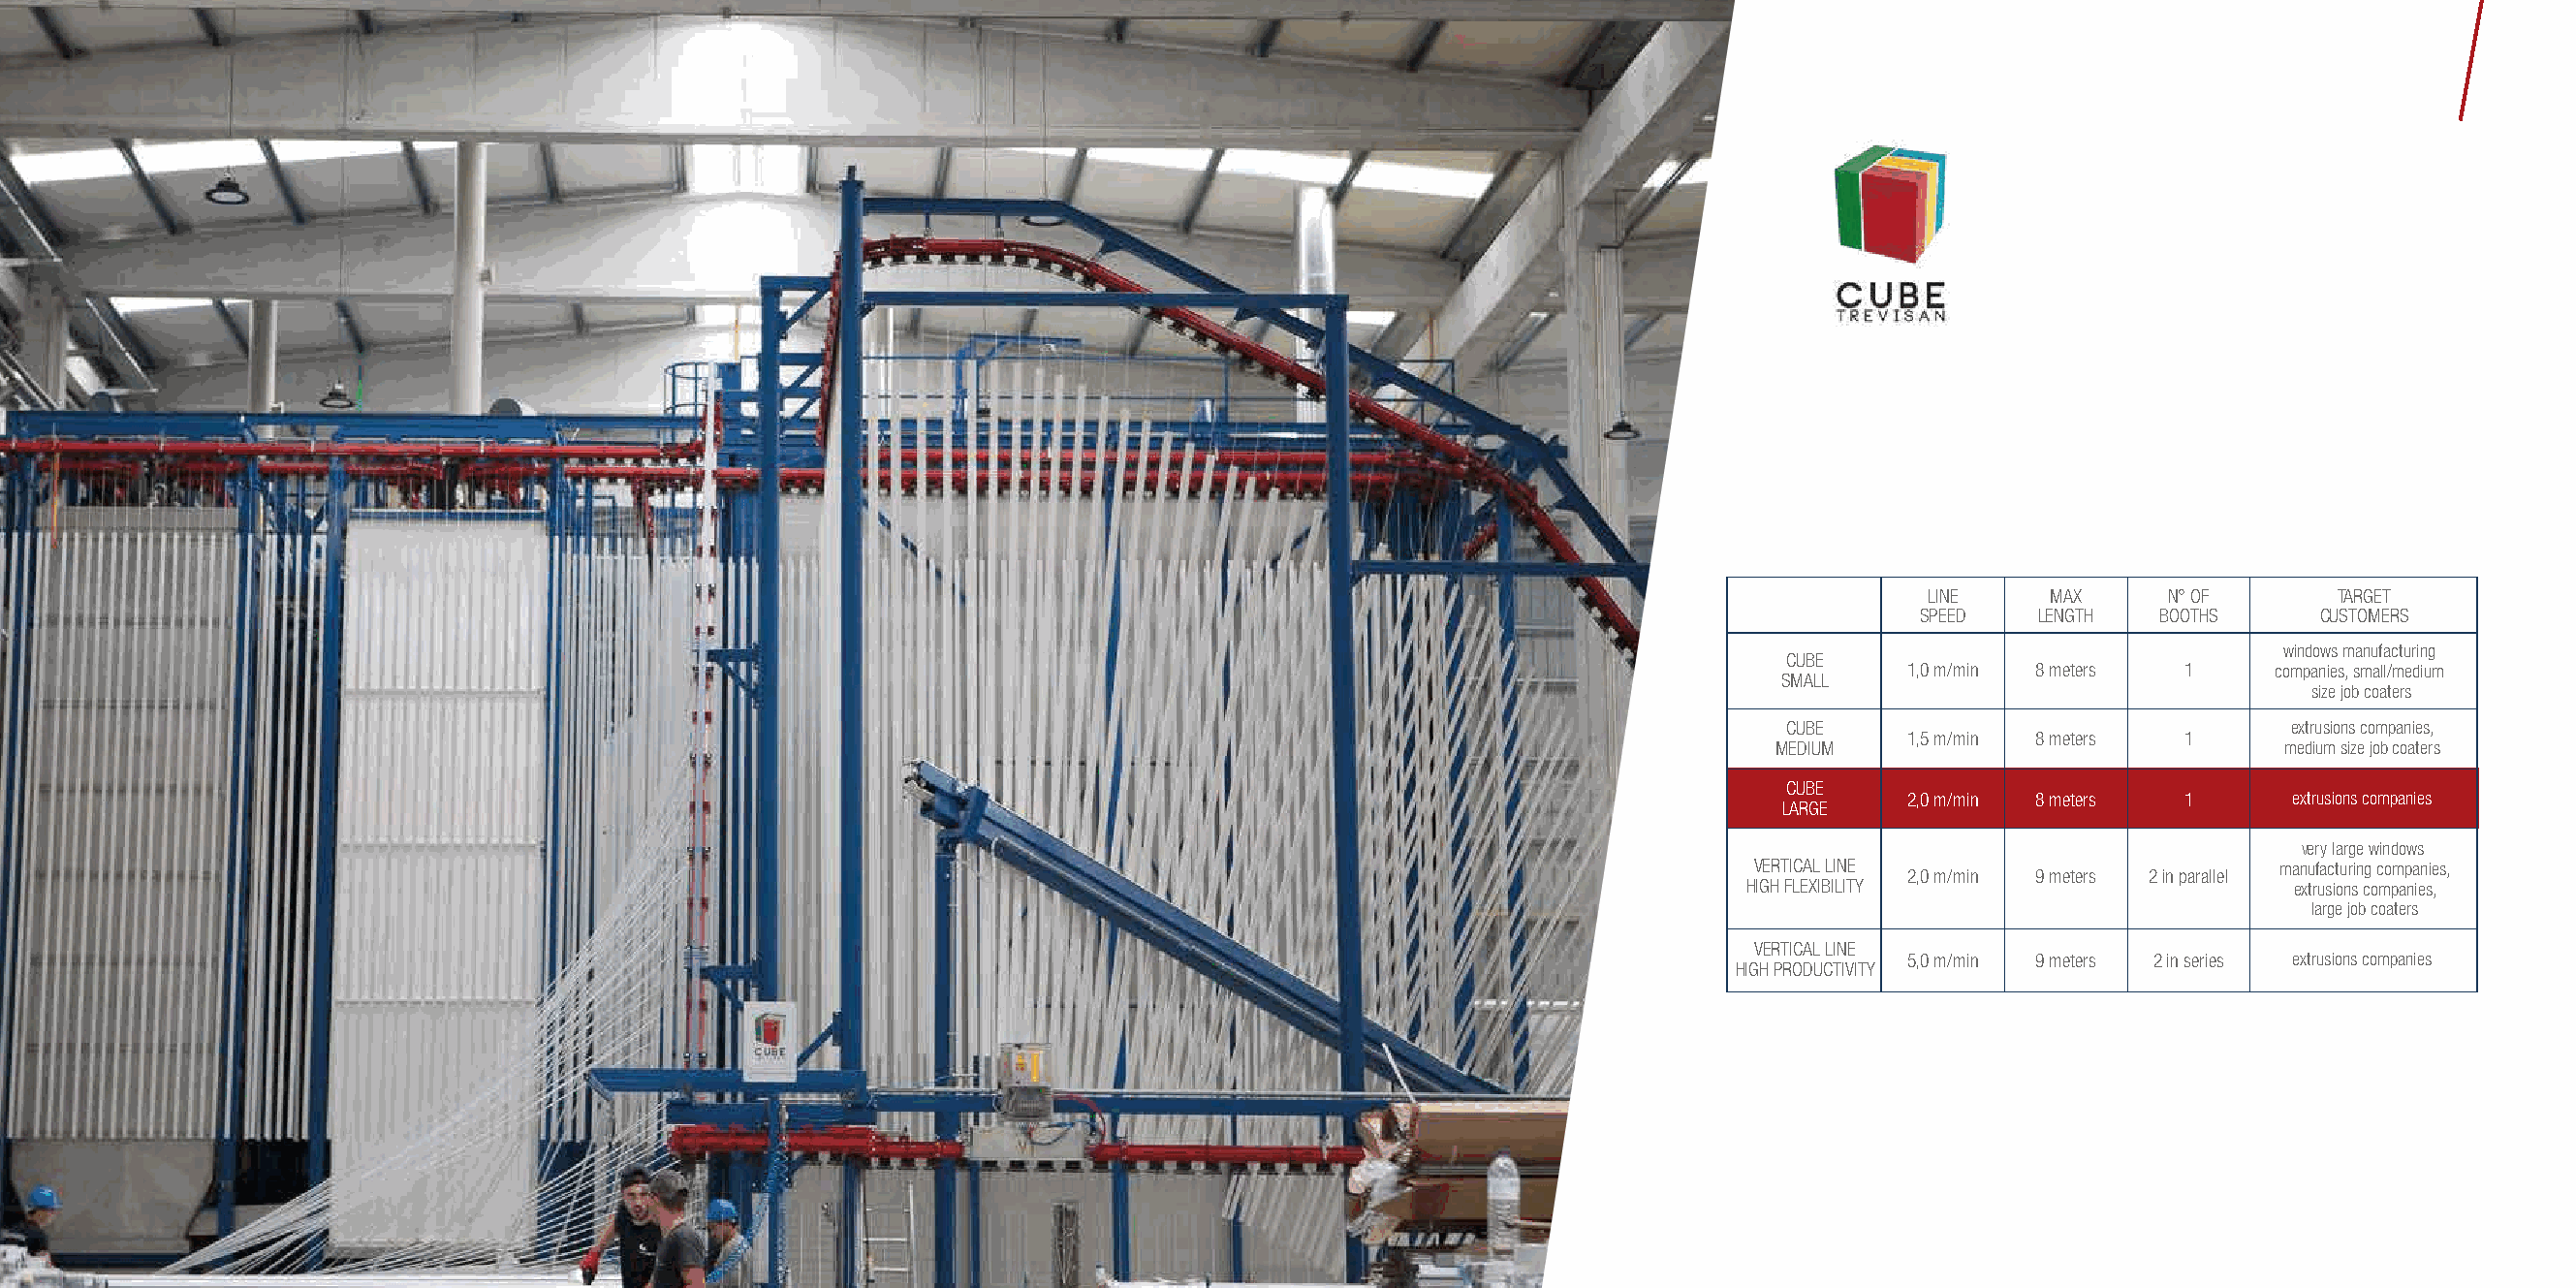
LINE    MAX     N° OF       TARGET
 SPEED   LENGTH  BOOTHS     CUSTOMERS
 windows manufacturing
 CUBE
 1,0 m/min 8 meters 1     companies, small/medium
 SMALL
 size job coaters
 CUBE                              extrusions companies,
 1,5 m/min 8 meters 1
 MEDIUM                             medium size job coaters
 CUBE
 2,0 m/min 8 meters 1       extrusions companies
 LARGE
 very large windows
 VERTICAL LINE                       manufacturing companies,
 2,0 m/min 9 meters 2 in parallel
 HIGH FLEXIBILITY                      extrusions companies,
 large job coaters
 VERTICAL LINE
 5,0 m/min 9 meters 2 in series extrusions companies
 HIGH PRODUCTIVITY